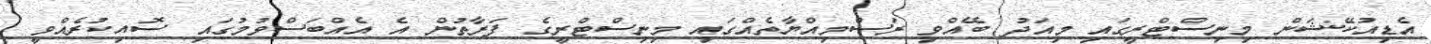
އެޑިއުކޭޝަން މިނިސްޓްރީގައި މިއަދު ބޭއްވި ރަސްމިއްޔާތެއްގައި މިނިސްޓްރީގެ ފަރާތުން އެ އެއްބަސްވުމުގައި ސޮއިކުރެއްވީ